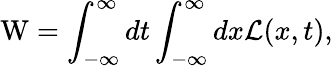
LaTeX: \mathrm{W}=\int_{-\infty}^{\infty}dt\int_{-\infty}^{\infty}dx{\cal L}(x,t),